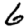
Digit: 6